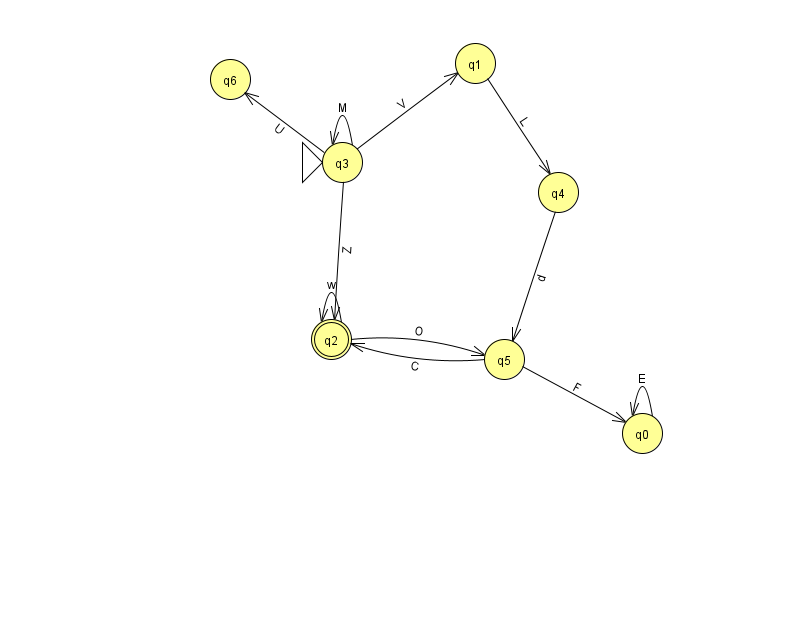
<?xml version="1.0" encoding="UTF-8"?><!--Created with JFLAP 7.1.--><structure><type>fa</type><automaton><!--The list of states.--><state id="0" name="q0"><x>642.0</x><y>420.0</y></state><state id="1" name="q1"><x>475.0</x><y>50.0</y></state><state id="2" name="q2"><x>331.0</x><y>326.0</y><final/></state><state id="3" name="q3"><x>342.0</x><y>149.0</y><initial/></state><state id="4" name="q4"><x>558.0</x><y>179.0</y></state><state id="5" name="q5"><x>504.0</x><y>346.0</y></state><state id="6" name="q6"><x>230.0</x><y>66.0</y></state><!--The list of transitions.--><transition><from>1</from><to>4</to><read>L</read></transition><transition><from>2</from><to>5</to><read>O</read></transition><transition><from>3</from><to>1</to><read>V</read></transition><transition><from>3</from><to>2</to><read>Z</read></transition><transition><from>0</from><to>0</to><read>E</read></transition><transition><from>3</from><to>6</to><read>U</read></transition><transition><from>2</from><to>2</to><read>w</read></transition><transition><from>4</from><to>5</to><read>d</read></transition><transition><from>3</from><to>3</to><read>M</read></transition><transition><from>5</from><to>0</to><read>F</read></transition><transition><from>5</from><to>2</to><read>C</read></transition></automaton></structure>